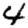
Digit: 4